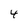
Character: 4